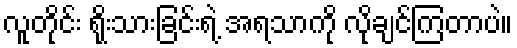
လူတိုင်း ရိုးသားခြင်းရဲ့ အရသာကို လိုချင်ကြတာပဲ။